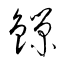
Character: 鑅